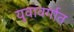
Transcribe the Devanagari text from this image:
युवावर्गात